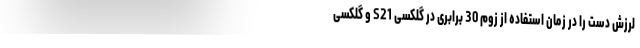
لرزش دست را در زمان استفاده از زوم 30 برابری در گلکسی S21 و گلکسی